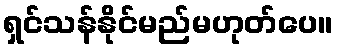
ရှင်သန်နိုင်မည်မဟုတ်ပေ။